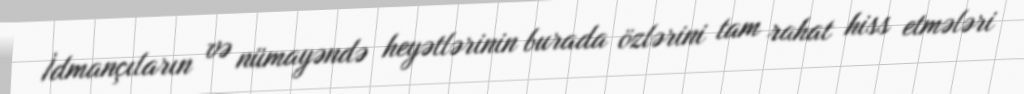
İdmançıların və nümayəndə heyətlərinin burada özlərini tam rahat hiss etmələri